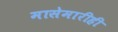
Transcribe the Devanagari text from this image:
मासेमारीही